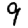
Digit: 9